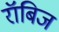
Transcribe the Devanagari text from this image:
रॉबिज